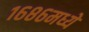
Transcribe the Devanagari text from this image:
१६८६मध्ये